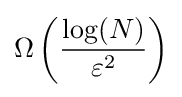
\Omega \left({\frac {\log(N)}{\varepsilon ^{2}}}\right)